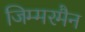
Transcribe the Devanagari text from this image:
जिम्मरमैन